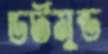
ডর্টমুন্ড